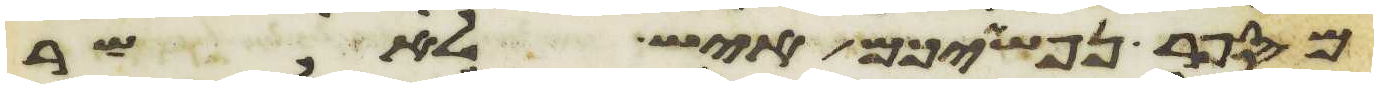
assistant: מספר נפשתיכם איש לאשר